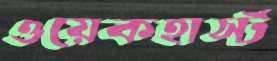
ওয়েকহার্স্ট